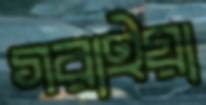
গরাইয়া